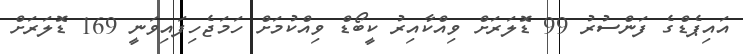
އައިޕެޑްގެ ފަންސުރު 99 ޑޮލަރަށް ވިއްކާއިރު ކީބޯޑް ވިއްކުމަށް ހަމަޖެހިފައިވަނީ 169 ޑޮލަރަށް